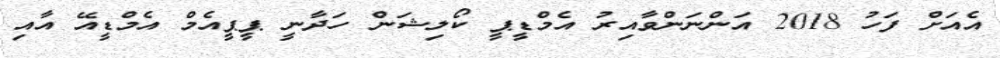
އެއަށް ފަހު 2018 އަންނަންވާއިރު އެމްޑީޕީ ކޯލިޝަން ހަދާނީ ޕީޕީއެމް އެމްޑީއޭ އާއި